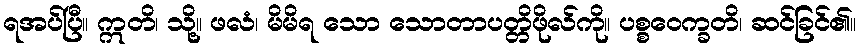
ရအပ်ပြီ။ ဣတိ၊ သို့။ ဖလံ၊ မိမိရ သော သောတာပတ္တိဖိုလ်ကို။ ပစ္စဝေက္ခတိ၊ ဆင်ခြင်၏။